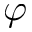
\varphi